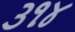
૩૧૪